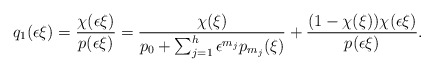
\begin{align*}q_1(\epsilon \xi)=\frac{\chi(\epsilon \xi)}{p(\epsilon \xi)}=\frac{\chi(\xi)}{p_0+\sum_{j=1}^h \epsilon^{m_j}p_{m_j}(\xi)}+\frac{(1-\chi(\xi))\chi(\epsilon \xi)}{p(\epsilon \xi)}.\end{align*}